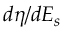
d \eta / d E _ { s }